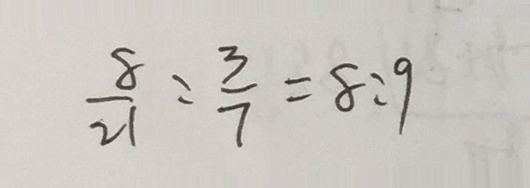
\frac { 8 } { 2 1 } : \frac { 3 } { 7 } = 8 : 9